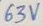
Text: 63V